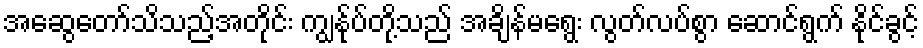
အဆွေတော်သိသည့်အတိုင်း ကျွန်ုပ်တို့သည် အချိန်မရွေး လွတ်လပ်စွာ ဆောင်ရွက် နိုင်ခွင့်